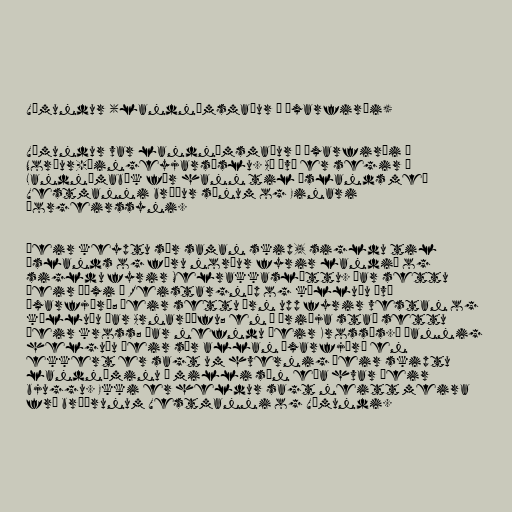
Vémundur (landnámsmaður í Öxarfirði)

Vémundur var landnámsmaður í Öxarfirði í
Norður-Þingeyjarsýslu. Að því er segir í
Landnámabók fór hann til Íslands með
Vestmanni bróður sínum og Einari
Þorgeirssyni.

Þeir keyptu sér saman skip, sigldu til
Íslands og fóru norður fyrir landið og
sigldu fyrir Melrakkasléttu. Þar settu
þeir „öxi í Reistargnúp og kölluðu því
Öxarfjörð; þeir settu örn upp fyrir vestan og
kölluðu þar Arnarþúfu; en í þriðja stað settu
þeir kross; þar nefndu þeir Krossás.“ Þannig
helguðu þeir sér allan Öxarfjörð en
ekkert er sagt um hvernig þeir skiptu
landnáminu á milli sín eða hvar þeir
bjuggu. Ekki er heldur sagt neitt meira
frá bræðrunum Vestmanni og Vémundi.